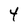
Character: 4